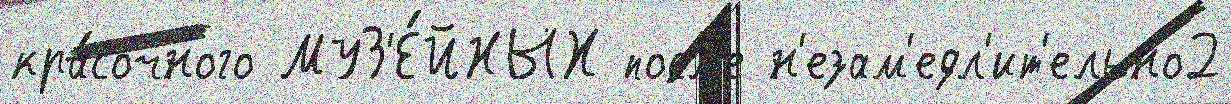
кра́сочного МУЗ'Е́ЙНЫХ посл'е н'езам'едл'ит'ельно2